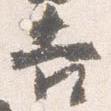
吉